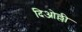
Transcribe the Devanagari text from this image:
दिओल्ली